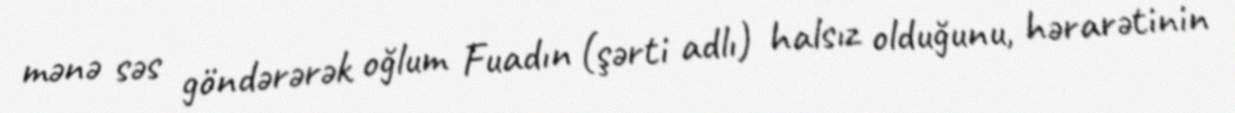
mənə səs göndərərək oğlum Fuadın (şərti adlı) halsız olduğunu, hərarətinin